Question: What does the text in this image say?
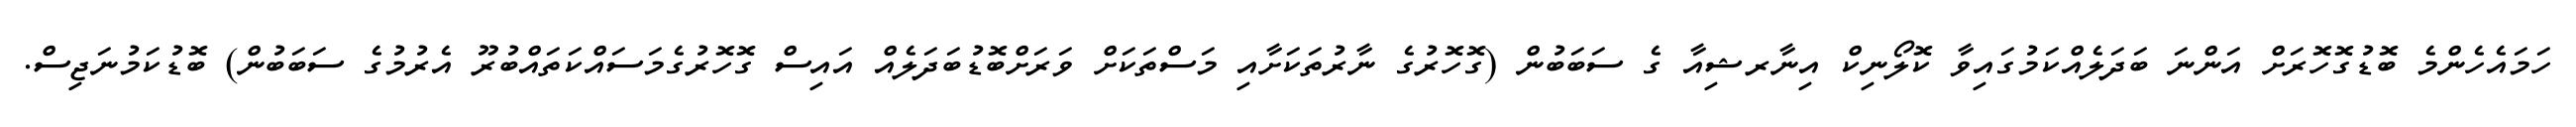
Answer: ހަމައެހެންމެ ބޮޑުގޮހޮރަށް އަންނަ ބަދަލެއްކަމުގައިވާ ކޮލޯނިކް އިނާރޝިއާ ގެ ސަބަބުން (ގޮހޮރުގެ ނާރުތަކަށާއި މަސްތަކަށް ވަރަށްބޮޑުބަދަލެއް އައިސް ގޮހޮރުގެމަސައްކަތައްބުރޫ އެރުމުގެ ސަބަބުން) ބޮޑުކަމުނަޖިސް.